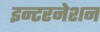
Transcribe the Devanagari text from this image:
इन्टरनेशन